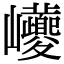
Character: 巙